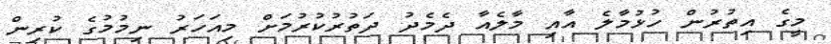
މީގެ އިތުރުން ހުޅުމާލެ އާއި މާލެއާ ދެމެދު ދަތުރުކުރުމަށް މިއަހަރު ނިމުމުގެ ކުރިން